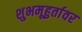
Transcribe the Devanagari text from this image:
शुभमूहुर्तावर